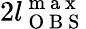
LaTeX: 2l_{\mathrm{~O~B~S~}}^{\mathrm{~m~a~x~}}